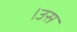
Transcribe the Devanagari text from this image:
।उस